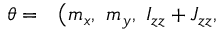
\begin{array} { r l } { \boldsymbol { \theta } = } & { { } \big ( m _ { x } , ~ m _ { y } , ~ I _ { z z } + J _ { z z } , ~ } \end{array}